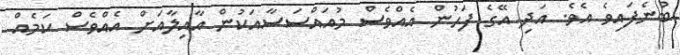
ބުނެފައިވެ އެވެ. އަދި އޭގެ ފަހުން އެއްވެސް މުއައްސަސާއަކުން އާއިލާއަށް އެއްވެސް ކަމެއް